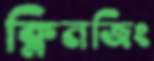
ক্লিনজিং